Annual report on the Civil Veterinary Department, Burma (including the Insein Veterinary School) - 1923-1931
Year: 1923
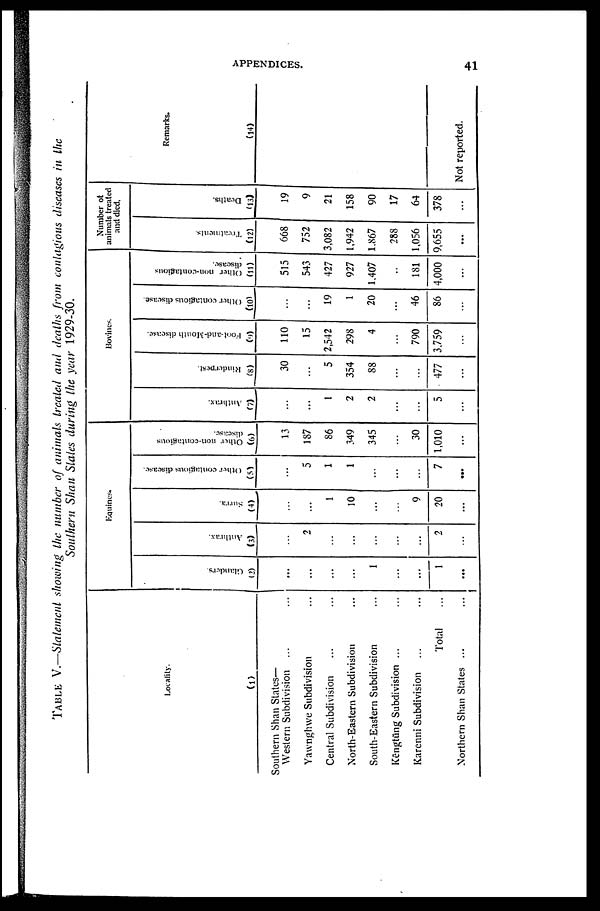
APPENDICES.
41
TABLE V.—Statement showing the number of animals treated and deaths from contagious diseases in the
Southern Shan States during the year 1929-30.
Locality.
(1)
Southern Shan States-
Western Subdivision ... ...
Yawnghwe Subdivision ...
Central Subdivision ...
North-Eastern Subdivision ...
South-Eastern Subdivision ...
Kēngtūng Subdivision ...
Karenni Subdivision ... ...
Total ...
Northern Shan States ... ...
Equines.
Glanders.
(2)
...
...
...
...
1
...
...
1
...
Anthrax.
(3)
...
2
...
...
...
...
...
2
...
Surra.
(4)
...
...
1
10
...
...
9
20
...
Other contagious disease.
(5)
...
5
1
1
...
...
...
7
...
Other non-contagious
disease.
(6)
13
187
86
349
345
...
30
1,010
...
Bovines.
Anthrax.
(7)
...
...
1
2
2
...
...
5
...
Rinderpest.
(8)
30
...
5
354
88
...
...
477
...
Foot-and-Mouth disease.
(9)
110
15
2,542
298
4
...
790
3.759
...
Other contagious disease.
(10)
...
...
19
1
20
...
46
86
...
Other non-contagious
disease.
(11)
515
543
427
927
1,407
...
181
4,000
...
Number of
animals treated
and died.
Treatments.
(12)
668
752
3,082
1,942
1.867
288
1,056
9,655
...
Deaths.
(13)
19
9
21
158
90
17
64
378
...
Remarks.
(14)
Not reported.